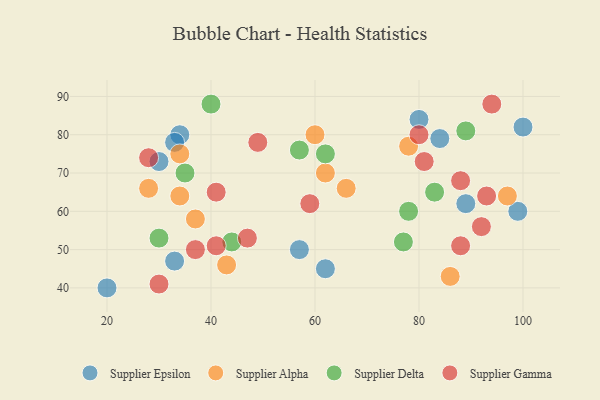
{"axis": {"x": "GDP", "y": "Life Expectancy"}, "legend": ["Supplier Alpha", "Supplier Delta", "Supplier Epsilon", "Supplier Gamma"], "data": [{"x": "100", "y": 82, "type": "Supplier Epsilon"}, {"x": "34", "y": 80, "type": "Supplier Epsilon"}, {"x": "84", "y": 79, "type": "Supplier Epsilon"}, {"x": "33", "y": 78, "type": "Supplier Epsilon"}, {"x": "20", "y": 40, "type": "Supplier Epsilon"}, {"x": "99", "y": 60, "type": "Supplier Epsilon"}, {"x": "33", "y": 47, "type": "Supplier Epsilon"}, {"x": "30", "y": 73, "type": "Supplier Epsilon"}, {"x": "62", "y": 45, "type": "Supplier Epsilon"}, {"x": "80", "y": 84, "type": "Supplier Epsilon"}, {"x": "57", "y": 50, "type": "Supplier Epsilon"}, {"x": "89", "y": 62, "type": "Supplier Epsilon"}, {"x": "97", "y": 64, "type": "Supplier Alpha"}, {"x": "37", "y": 58, "type": "Supplier Alpha"}, {"x": "66", "y": 66, "type": "Supplier Alpha"}, {"x": "43", "y": 46, "type": "Supplier Alpha"}, {"x": "34", "y": 75, "type": "Supplier Alpha"}, {"x": "28", "y": 66, "type": "Supplier Alpha"}, {"x": "60", "y": 80, "type": "Supplier Alpha"}, {"x": "86", "y": 43, "type": "Supplier Alpha"}, {"x": "78", "y": 77, "type": "Supplier Alpha"}, {"x": "34", "y": 64, "type": "Supplier Alpha"}, {"x": "62", "y": 70, "type": "Supplier Alpha"}, {"x": "40", "y": 88, "type": "Supplier Delta"}, {"x": "44", "y": 52, "type": "Supplier Delta"}, {"x": "57", "y": 76, "type": "Supplier Delta"}, {"x": "83", "y": 65, "type": "Supplier Delta"}, {"x": "78", "y": 60, "type": "Supplier Delta"}, {"x": "35", "y": 70, "type": "Supplier Delta"}, {"x": "30", "y": 53, "type": "Supplier Delta"}, {"x": "62", "y": 75, "type": "Supplier Delta"}, {"x": "77", "y": 52, "type": "Supplier Delta"}, {"x": "89", "y": 81, "type": "Supplier Delta"}, {"x": "37", "y": 50, "type": "Supplier Gamma"}, {"x": "41", "y": 51, "type": "Supplier Gamma"}, {"x": "30", "y": 41, "type": "Supplier Gamma"}, {"x": "88", "y": 68, "type": "Supplier Gamma"}, {"x": "92", "y": 56, "type": "Supplier Gamma"}, {"x": "59", "y": 62, "type": "Supplier Gamma"}, {"x": "41", "y": 65, "type": "Supplier Gamma"}, {"x": "88", "y": 51, "type": "Supplier Gamma"}, {"x": "80", "y": 80, "type": "Supplier Gamma"}, {"x": "47", "y": 53, "type": "Supplier Gamma"}, {"x": "81", "y": 73, "type": "Supplier Gamma"}, {"x": "49", "y": 78, "type": "Supplier Gamma"}, {"x": "28", "y": 74, "type": "Supplier Gamma"}, {"x": "94", "y": 88, "type": "Supplier Gamma"}, {"x": "93", "y": 64, "type": "Supplier Gamma"}]}